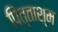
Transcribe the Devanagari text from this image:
पित्ताश्म